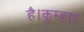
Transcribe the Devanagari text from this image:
है।कुम्हार